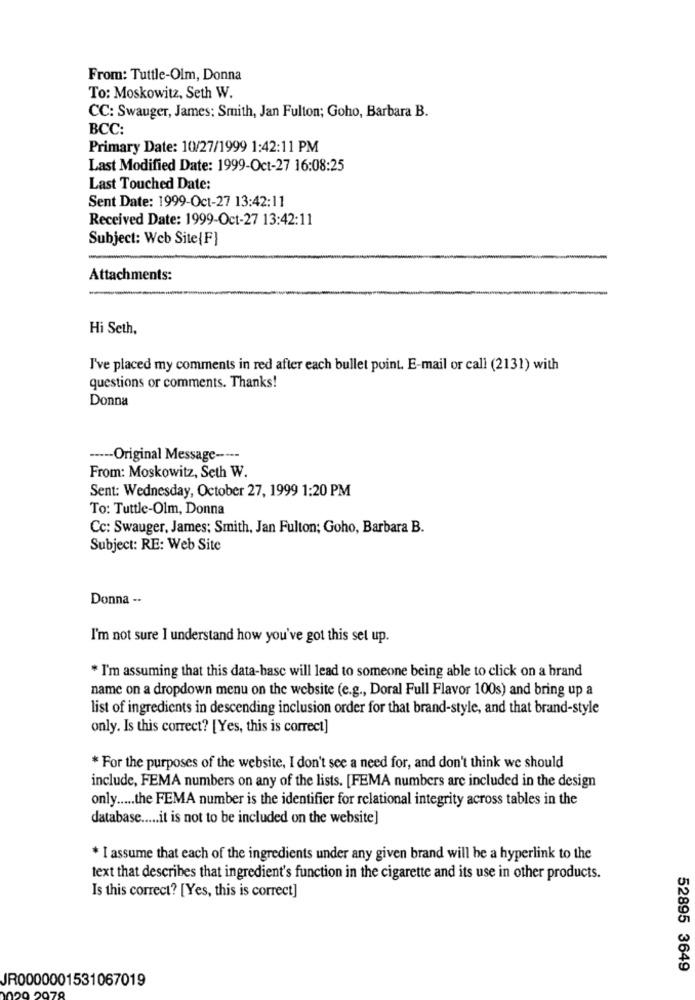
From: Tuttle-Olm, Donna
To: Moskowitz, Seth W.
CC: Swauger, James: Smith, Jan Fulton; Goho, Barbara B.
BCC:
Primary Date: 10/27/1999 1:42:11 PM
Last Modified Date: 1999-Oct-27 16:08:25
Last Touched Date:
Sent Date: 1999-Oct-27 13:42:11
Received Date: 1999-Oct-27 13:42:11
Subject: Web Site{F]
Attachments:
Hi Seth,
I've placed my comments in red after each bullet point. E-mail or call (2131) with
questions or comments. Thanks!
Donna
----- Original Message -----
From: Moskowitz, Seth W.
Sent: Wednesday, October 27, 1999 1:20 PM
To: Tuttle-Olm, Donna
Cc: Swauger, James: Smith, Jan Fulton; Goho, Barbara B.
Subject: RE: Web Site
Donna --
I'm not sure I understand how you've got this set up.
* I'm assuming that this data-base will lead to someone being able to click on a brand
name on a dropdown menu on the website (e.g ., Doral Full Flavor 100s) and bring up a
list of ingredients in descending inclusion order for that brand-style, and that brand-style
only. Is this correct? [Yes, this is correct]
* For the purposes of the website, I don't see a need for, and don't think we should
include, FEMA numbers on any of the lists. [FEMA numbers are included in the design
only ..... the FEMA number is the identifier for relational integrity across tables in the
database ..... it is not to be included on the website]
* I assume that each of the ingredients under any given brand will be a hyperlink to the
text that describes that ingredient's function in the cigarette and its use in other products.
Is this correct? [Yes, this is correct]
52895 3649
JR0000001531067019